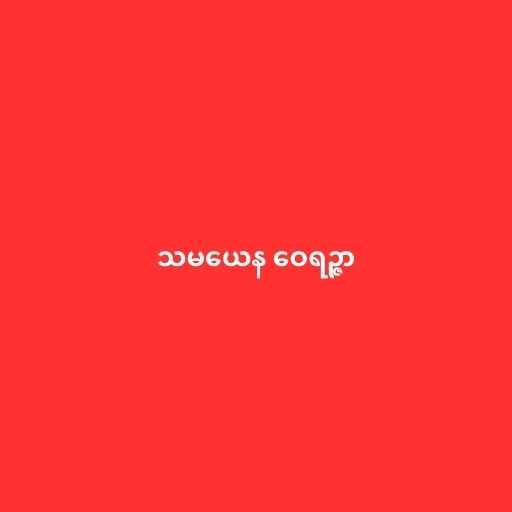
သမယေန ဝေရဉ္ဇာ